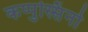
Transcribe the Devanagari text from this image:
कप्पुस्सिंनो